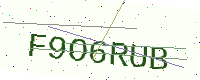
Text: F9O6RUB